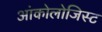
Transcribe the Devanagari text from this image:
आंकोलोजिस्ट